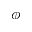
\phi